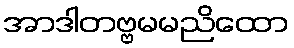
အာဒါတဗ္ဗမမညိထော